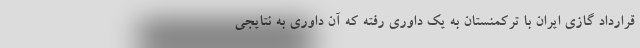
قرارداد گازی ایران با ترکمنستان به یک داوری رفته که آن داوری به نتایجی